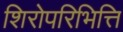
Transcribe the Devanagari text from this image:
शिरोपरिभित्ति